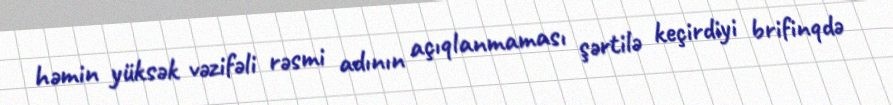
həmin yüksək vəzifəli rəsmi adının açıqlanmaması şərtilə keçirdiyi brifinqdə